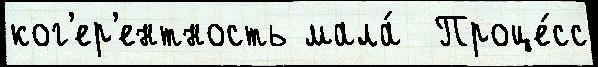
ког'ер'ентность мала́  Проце́сс